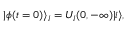
| \phi ( t = 0 ) \rangle _ { I } = U _ { I } ( 0 , - \infty ) | i \rangle ,